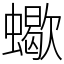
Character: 蠍